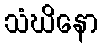
သံဃိနော